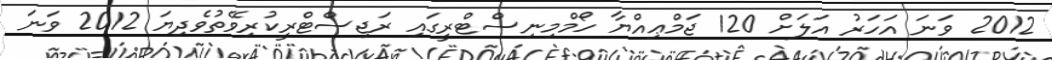
2012 ވަނަ އަހަރު އަލަށް 120 ޖަމްޢިއްޔާ ހޯމްމިނިސްޓްރީގައި ރަޖިސްޓްރީކުރިވޭތުވެދިޔަ 2012 ވަނަ